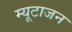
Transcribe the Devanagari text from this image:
म्यूटाजन